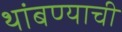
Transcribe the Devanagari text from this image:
थांबण्याची